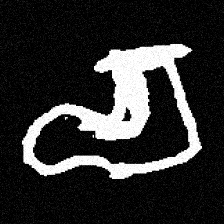
Pyu character \u2014 Myanmar letter: စ (romanized: ca)